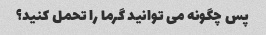
پس چگونه می توانید گرما را تحمل کنید؟